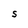
Character: S